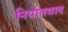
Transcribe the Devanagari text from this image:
निर्यातवाद